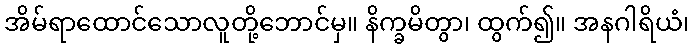
အိမ်ရာထောင်သောလူတို့ဘောင်မှ။ နိက္ခမိတွာ၊ ထွက်၍။ အနဂါရိယံ၊